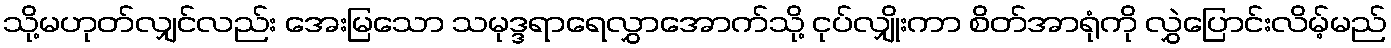
သို့မဟုတ်လျှင်လည်း အေးမြသော သမုဒ္ဒရာရေလွှာအောက်သို့ ငုပ်လျှိုးကာ စိတ်အာရုံကို လွှဲပြောင်းလိမ့်မည်